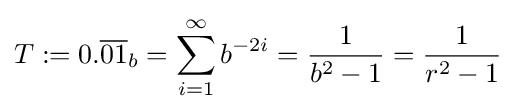
T:=0.{\overline {01}}_{b}=\sum _{i=1}^{\infty }b^{-2i}={\frac {1}{b^{2}-1}}={\frac {1}{r^{2}-1}}